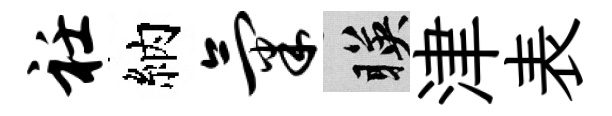
衽納气暎津表